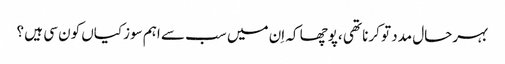
بہرحال مدد تو کرنا تھی ،پوچھا کہ اِن میں سب سے اہم سوزکیاں کون سی ہیں ؟